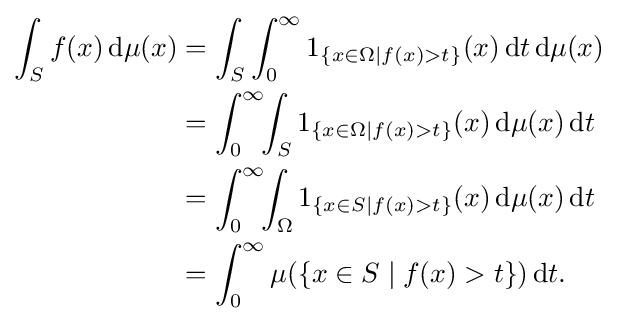
{\begin{aligned}\int _{S}f(x)\,{\text{d}}\mu (x)&=\int _{S}\int _{0}^{\infty }1_{\{x\in \Omega \mid f(x)>t\}}(x)\,{\text{d}}t\,{\text{d}}\mu (x)\\&=\int _{0}^{\infty }\!\!\int _{S}1_{\{x\in \Omega \mid f(x)>t\}}(x)\,{\text{d}}\mu (x)\,{\text{d}}t\\&=\int _{0}^{\infty }\!\!\int _{\Omega }1_{\{x\in S\mid f(x)>t\}}(x)\,{\text{d}}\mu (x)\,{\text{d}}t\\&=\int _{0}^{\infty }\mu (\{x\in S\mid f(x)>t\})\,{\text{d}}t.\end{aligned}}